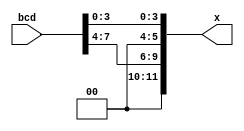
`timescale 1ns / 1ps
//////////////////////////////////////////////////////////////////////////////////
// Company: 
// Engineer: 
// 
// Design Name: 
// Module Name: BCDToSeg7_8bit
// Project Name: 
// Target Devices: 
// Tool Versions: 
// Description: 
// 
// Dependencies: 
// 
// Revision:
// Revision 0.01 - File Created
// Additional Comments:
// 
//////////////////////////////////////////////////////////////////////////////////


module BCDToSeg7_8bit(
    input [7:0]bcd,
    output reg [11:0]x
    );
    always @* begin
        x[11:0] = 12'b0;
        x[3:0] = bcd[3:0];
        x[9:6] = bcd[7:4];
    end
endmodule